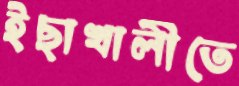
ইছাখালীতে